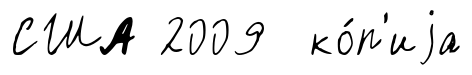
США 2009 ко́п'иjа